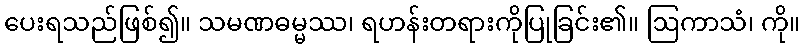
ပေးရသည်ဖြစ်၍။ သမဏဓမ္မဿ၊ ရဟန်းတရားကိုပြုခြင်း၏။ ဩကာသံ၊ ကို။